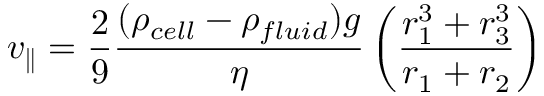
v _ { \parallel } = \frac { 2 } { 9 } \frac { ( \rho _ { c e l l } - \rho _ { f l u i d } ) g } { \eta } \left( \frac { r _ { 1 } ^ { 3 } + r _ { 3 } ^ { 3 } } { r _ { 1 } + r _ { 2 } } \right)